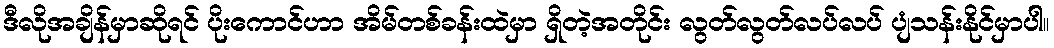
ဒီလိုအချိန်မှာဆိုရင် ပိုးကောင်ဟာ အိမ်တစ်ခန်းထဲမှာ ရှိတဲ့အတိုင်း လွတ်လွတ်လပ်လပ် ပျံသန်းနိုင်မှာပါ။